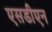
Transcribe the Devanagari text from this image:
एसडीएन